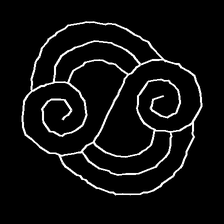
Glyph: wind-underfoot